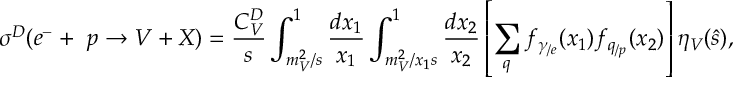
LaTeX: \sigma ^ { D } ( e ^ { - } + ~ p \rightarrow V + X ) = \frac { { \cal C } _ { V } ^ { D } } { s } \int _ { m _ { V } ^ { 2 } / s } ^ { 1 } \frac { d x _ { 1 } } { x _ { 1 } } \int _ { m _ { V } ^ { 2 } / x _ { 1 } s } ^ { 1 } \frac { d x _ { 2 } } { x _ { 2 } } \left[ \sum _ { q } f _ { \gamma _ { / e } } ( x _ { 1 } ) f _ { q _ { / p } } ( x _ { 2 } ) \right] \eta _ { V } ( \hat { s } ) ,